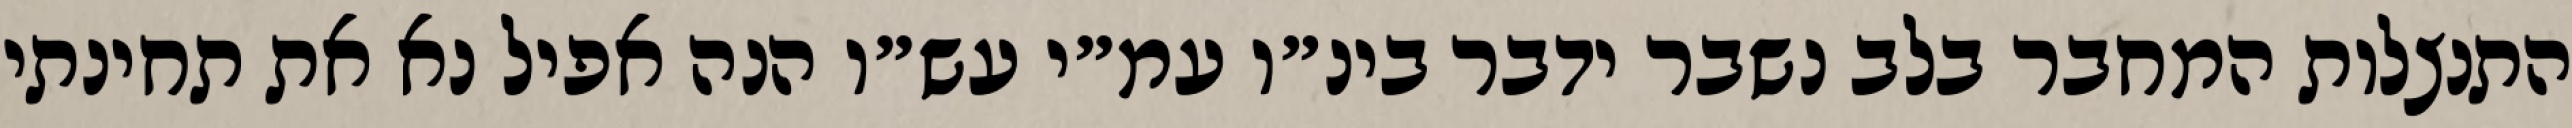
התנצלות המחבר בלב נשבר ידבר בינ״ו עמ״י עש״ו הנה אפיל נא את תחינתי